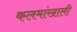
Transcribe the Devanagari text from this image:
कलमांखाली